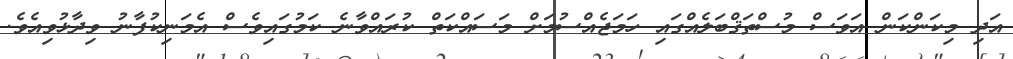
އަދި މިކަންކަން އަވަސް މުސްތަޤްބަލެއްގައި ހަމަޖެއްސުމަށް މަސައްކަތް ކުރައްވާނެ ކަމުގައިވެސް އެމަނިކުފާނު ވިދާޅުވިއެވެ.